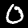
Digit: 0